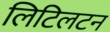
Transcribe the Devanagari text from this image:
लिटिलटन